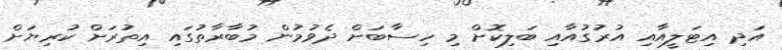
އަދި އިޓަލީއާއި އުރުގުއާއި ބަލިކޮށް މި ހިސާބަށް ދެވުމުން މުބާރާތުގައި އިތުރަށް ކުރިޔަށް